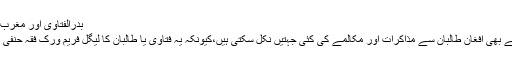
بدرالفتاویٰ اور مغرب سے مکالمہ
اس فتاویٰ سے بھی افغان طالبان سے مذاکرات اور مکالمے کی کئی جہتیں نکل سکتی ہیں،کیونکہ یہ فتاویٰ یا طالبان کا لیگل فریم ورک فقہ حنفی پر مبنی ہے۔